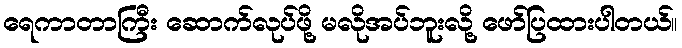
ရေကာတာကြီး ဆောက်လုပ်ဖို့ မလိုအပ်ဘူးလို့ ဖော်ပြထားပါတယ်။